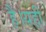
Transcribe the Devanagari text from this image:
है।यहीं